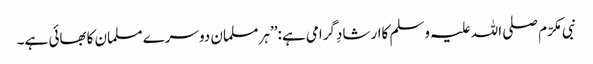
نبی مکرّم صلی اللہ علیہ وسلم کاارشادِگرامی ہے:’’ ہرمسلمان دوسرے مسلمان کابھائی ہے۔